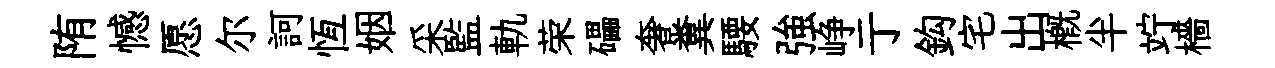
陏憾愿尔訶恆姻采監軌荣礧奢糞騕強峥亍鈎宅出概半竚檣